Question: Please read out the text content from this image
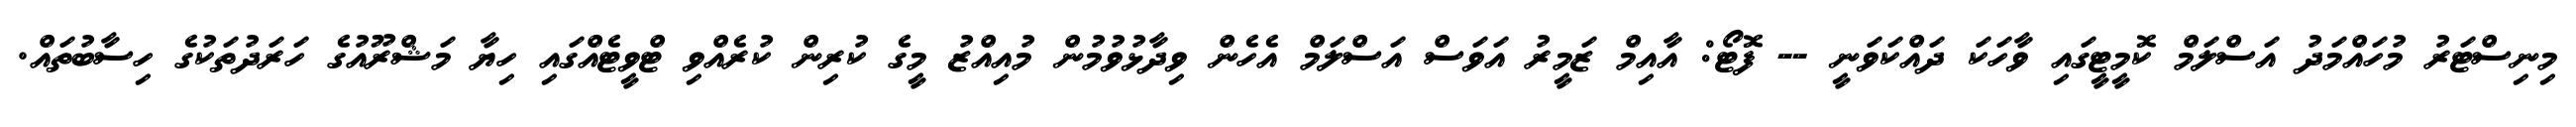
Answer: މިނިސްޓަރު މުހައްމަދު އަސްލަމް ކޮމީޓީގައި ވާހަކަ ދައްކަވަނީ -- ފޮޓޯ: އާއިމް ޒަމީރު އަވަސް އަސްލަމް އެހެން ވިދާޅުވުމުން މުއިއްޒު މީގެ ކުރިން ކުރެއްވި ޓްވީޓެއްގައި ހިޔާ މަޝްރޫއުގެ ހަރަދުތަކުގެ ހިސާބުތައް.